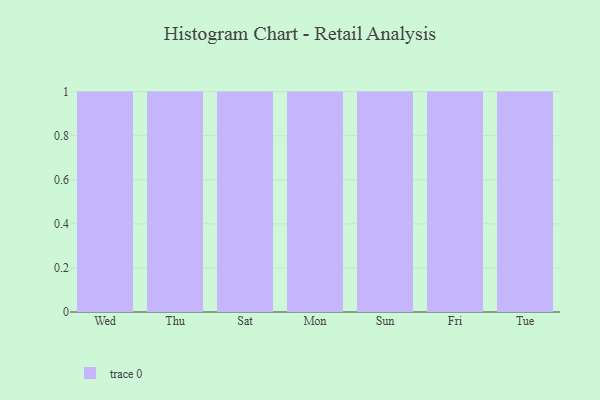
{"axis": {"x": "Day", "y": "Budget (USD K)"}, "legend": [""], "data": [{"x": "Wed", "y": 56, "type": ""}, {"x": "Thu", "y": 96, "type": ""}, {"x": "Sat", "y": 37, "type": ""}, {"x": "Mon", "y": 88, "type": ""}, {"x": "Sun", "y": 97, "type": ""}, {"x": "Fri", "y": 3, "type": ""}, {"x": "Tue", "y": 90, "type": ""}]}